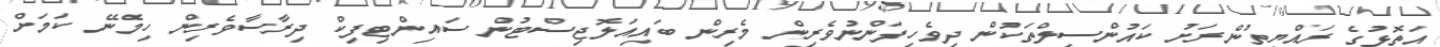
އަތޮޅުގެ ރައްޔިތުންރަށު ކައުންސިލްތަކުން ދިވެހިފަންނުވެރިން މެރިން ބައިއަލޮޖިސްޓުން ސައިންޓިފިކް ދިރާސާވެރިން ހިމެނޭ ކަމަށް